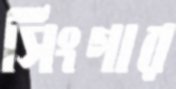
সিংগার